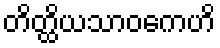
တိတ္ထိယသာဝကေဟိ